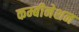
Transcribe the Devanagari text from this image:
कम्बीनेशन